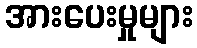
အားပေးမှုများ